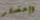
وإحضار